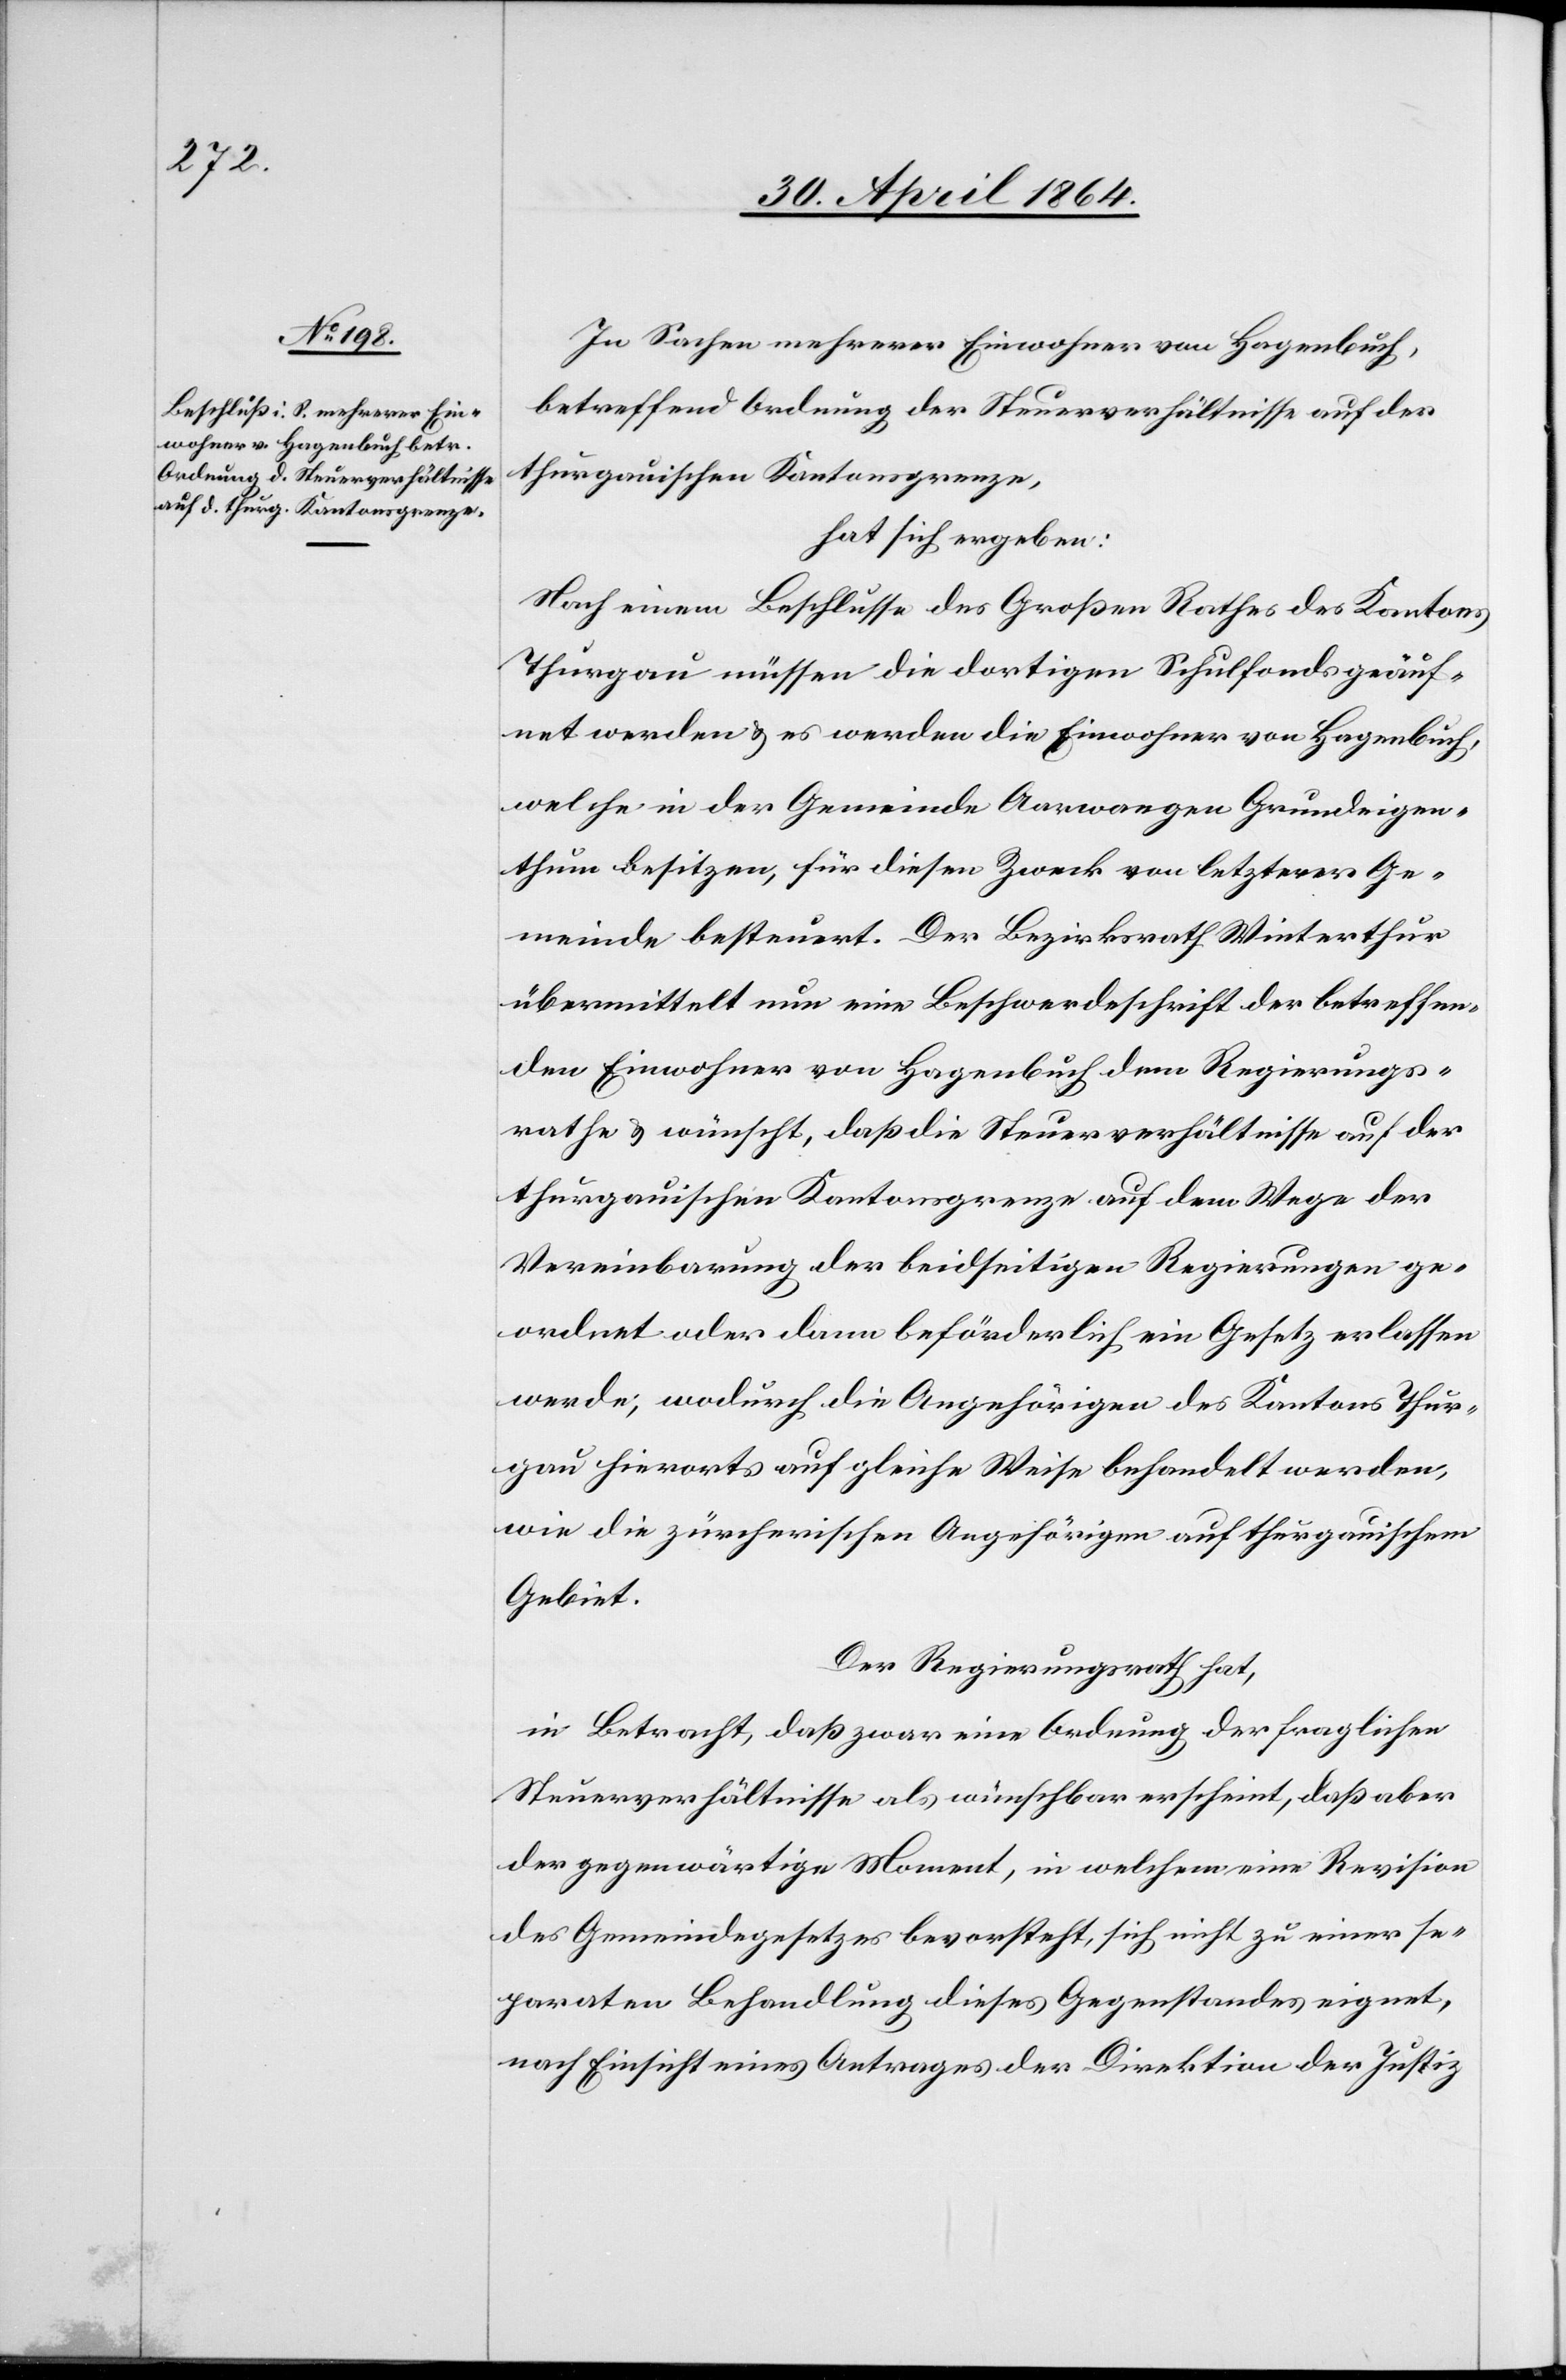
In Sachen mehrerer Einwohner von Hagenbuch,
betreffend Ordnung der Steuerverhältnisse auf der
thurgauischen Kantonsgrenze,
hat sich ergeben:
Nach einem Beschlusse des Großen Rathes des Kantons
Thurgau müssen die dortigen Schulfonds geäuf¬
net werden u. es werden die Einwohner von Hagenbuch,
welche in der Gemeinde Aarwangen Grundeigen¬
thum besitzen, für diesen Zweck von letzterer Ge¬
meinde besteuert. Der Bezirksrath Winterthur
übermittelt nun eine Beschwerdeschrift der betreffen¬
den Einwohner von Hagenbuch dem Regierungs¬
rathe u. wünscht, daß die Steuerverhältnisse auf der
thurgauischen Kantonsgrenze auf dem Wege der
Vereinbarung der beidseitigen Regierungen ge¬
ordnet oder dann beförderlich ein Gesetz erlassen
werde; wodurch die Angehörigen des Kantons Thur¬
gau hierorts auf gleiche Weise behandelt werden,
wie die zürcherischen Angehörigen auf thurgauischem
Gebiet.
Der Regierungsrath hat,
in Betracht, daß zwar eine Ordnung der fraglichen
Steuerverhältnisse als wünschbar erscheint daß aber
der gegenwärtige Moment, in welchem eine Revision
des Gemeindegesetzes bevorsteht, sich nicht zu einer se¬
paraten Behandlung dieses Gegenstandes eignet,
nach Einsicht eines Antrages der Direktion der Justiz,